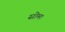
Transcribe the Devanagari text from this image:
सोमः